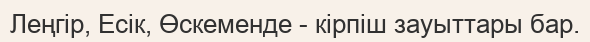
Леңгір, Есік, Өскеменде - кірпіш зауыттары бар.